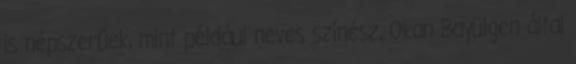
is népszerűek, mint például neves színész, Okan Bayülgen által